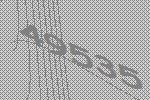
49535